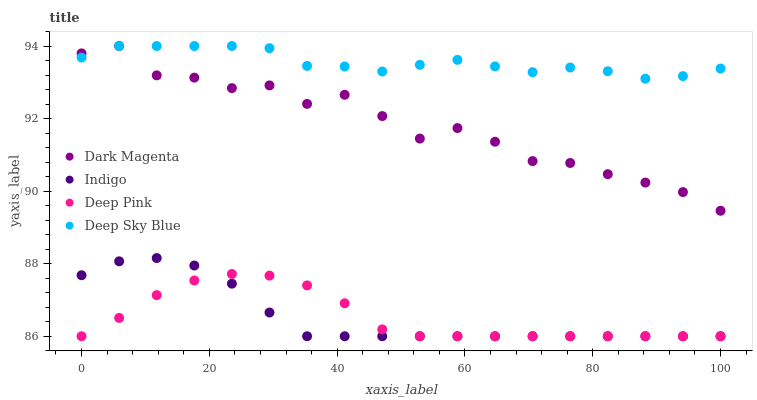
| xaxis_label | Dark Magenta | Indigo | Deep Pink | Deep Sky Blue |
 | --- | --- | --- | --- | --- |
 | 0 | 93.8 | 87.7 | 86 | 93.7 |
 | 5.88 | 94 | 88.1 | 86.5 | 94 |
 | 11.8 | 93.2 | 88.2 | 87.1 | 94 |
 | 17.6 | 93.1 | 87.9 | 87.5 | 94 |
 | 23.5 | 92.8 | 87.4 | 87.7 | 94 |
 | 29.4 | 92.9 | 86.7 | 87.7 | 93.9 |
 | 35.3 | 92.4 | 86 | 87.4 | 93.5 |
 | 41.2 | 92.7 | 86 | 86.9 | 93.4 |
 | 47.1 | 92.1 | 86 | 86.2 | 93.3 |
 | 52.9 | 91.4 | 86 | 86 | 93.5 |
 | 58.8 | 91.7 | 86 | 86 | 93.6 |
 | 64.7 | 91.4 | 86 | 86 | 93.4 |
 | 70.6 | 90.8 | 86 | 86 | 93.3 |
 | 76.5 | 90.8 | 86 | 86 | 93.4 |
 | 82.4 | 90.5 | 86 | 86 | 93.3 |
 | 88.2 | 90.2 | 86 | 86 | 93.1 |
 | 94.1 | 90 | 86 | 86 | 93.2 |
 | 100 | 89.5 | 86 | 86 | 93.4 |